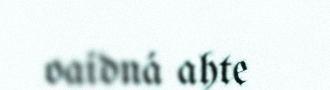
oaidná ahte